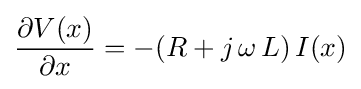
{\frac {\partial V(x)}{\partial x}}=-(R+j\,\omega \,L)\,I(x)